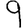
Digit: 9